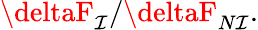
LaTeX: \deltaF_{\mathcal{I}}/\deltaF_{N\mathcal{I}}.